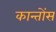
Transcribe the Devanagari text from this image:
कान्तोंस